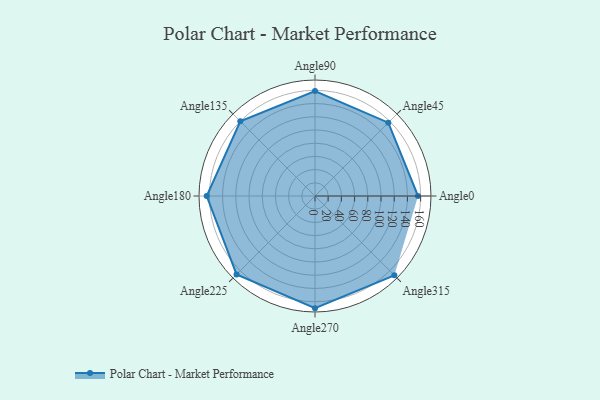
{"axis": {"x": "Angle", "y": "Radius"}, "legend": [""], "data": [{"x": "Angle0", "y": 156.0, "type": ""}, {"x": "Angle45", "y": 157.0, "type": ""}, {"x": "Angle90", "y": 159.0, "type": ""}, {"x": "Angle135", "y": 160.0, "type": ""}, {"x": "Angle180", "y": 164.0, "type": ""}, {"x": "Angle225", "y": 168.0, "type": ""}, {"x": "Angle270", "y": 170.0, "type": ""}, {"x": "Angle315", "y": 170, "type": ""}]}